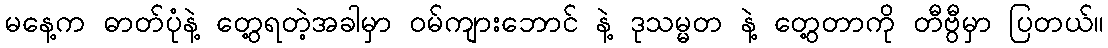
မနေ့က ဓာတ်ပုံနဲ့ တွေ့ရတဲ့အခါမှာ ဝမ်ကျားဘောင် နဲ့ ဒုသမ္မတ နဲ့ တွေ့တာကို တီဗွီမှာ ပြတယ်။